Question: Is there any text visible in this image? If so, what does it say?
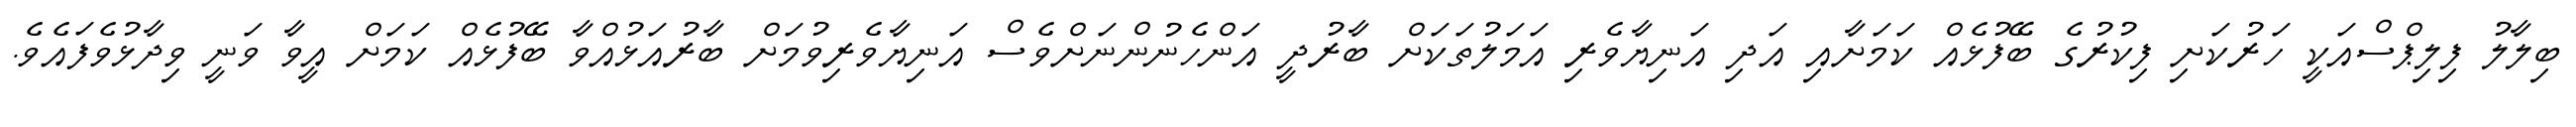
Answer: ބިލާލު ފިލިޕްސްއަކީ ހަރުކަށި ފިކުރުގެ ބޭފުޅެއް ކަމަށާއި އަދި އަނިޔާވެރި އަމަލުތަކަށް ބާރުދީ އަންހެނުންނަށްވެސް އަނިޔާވެރިވުމަށް ބާރުއަޅުއްވާ ބޭފުޅެއް ކަމަށް އީވާ ވަނީ ވިދާޅުވެފައެވެ.